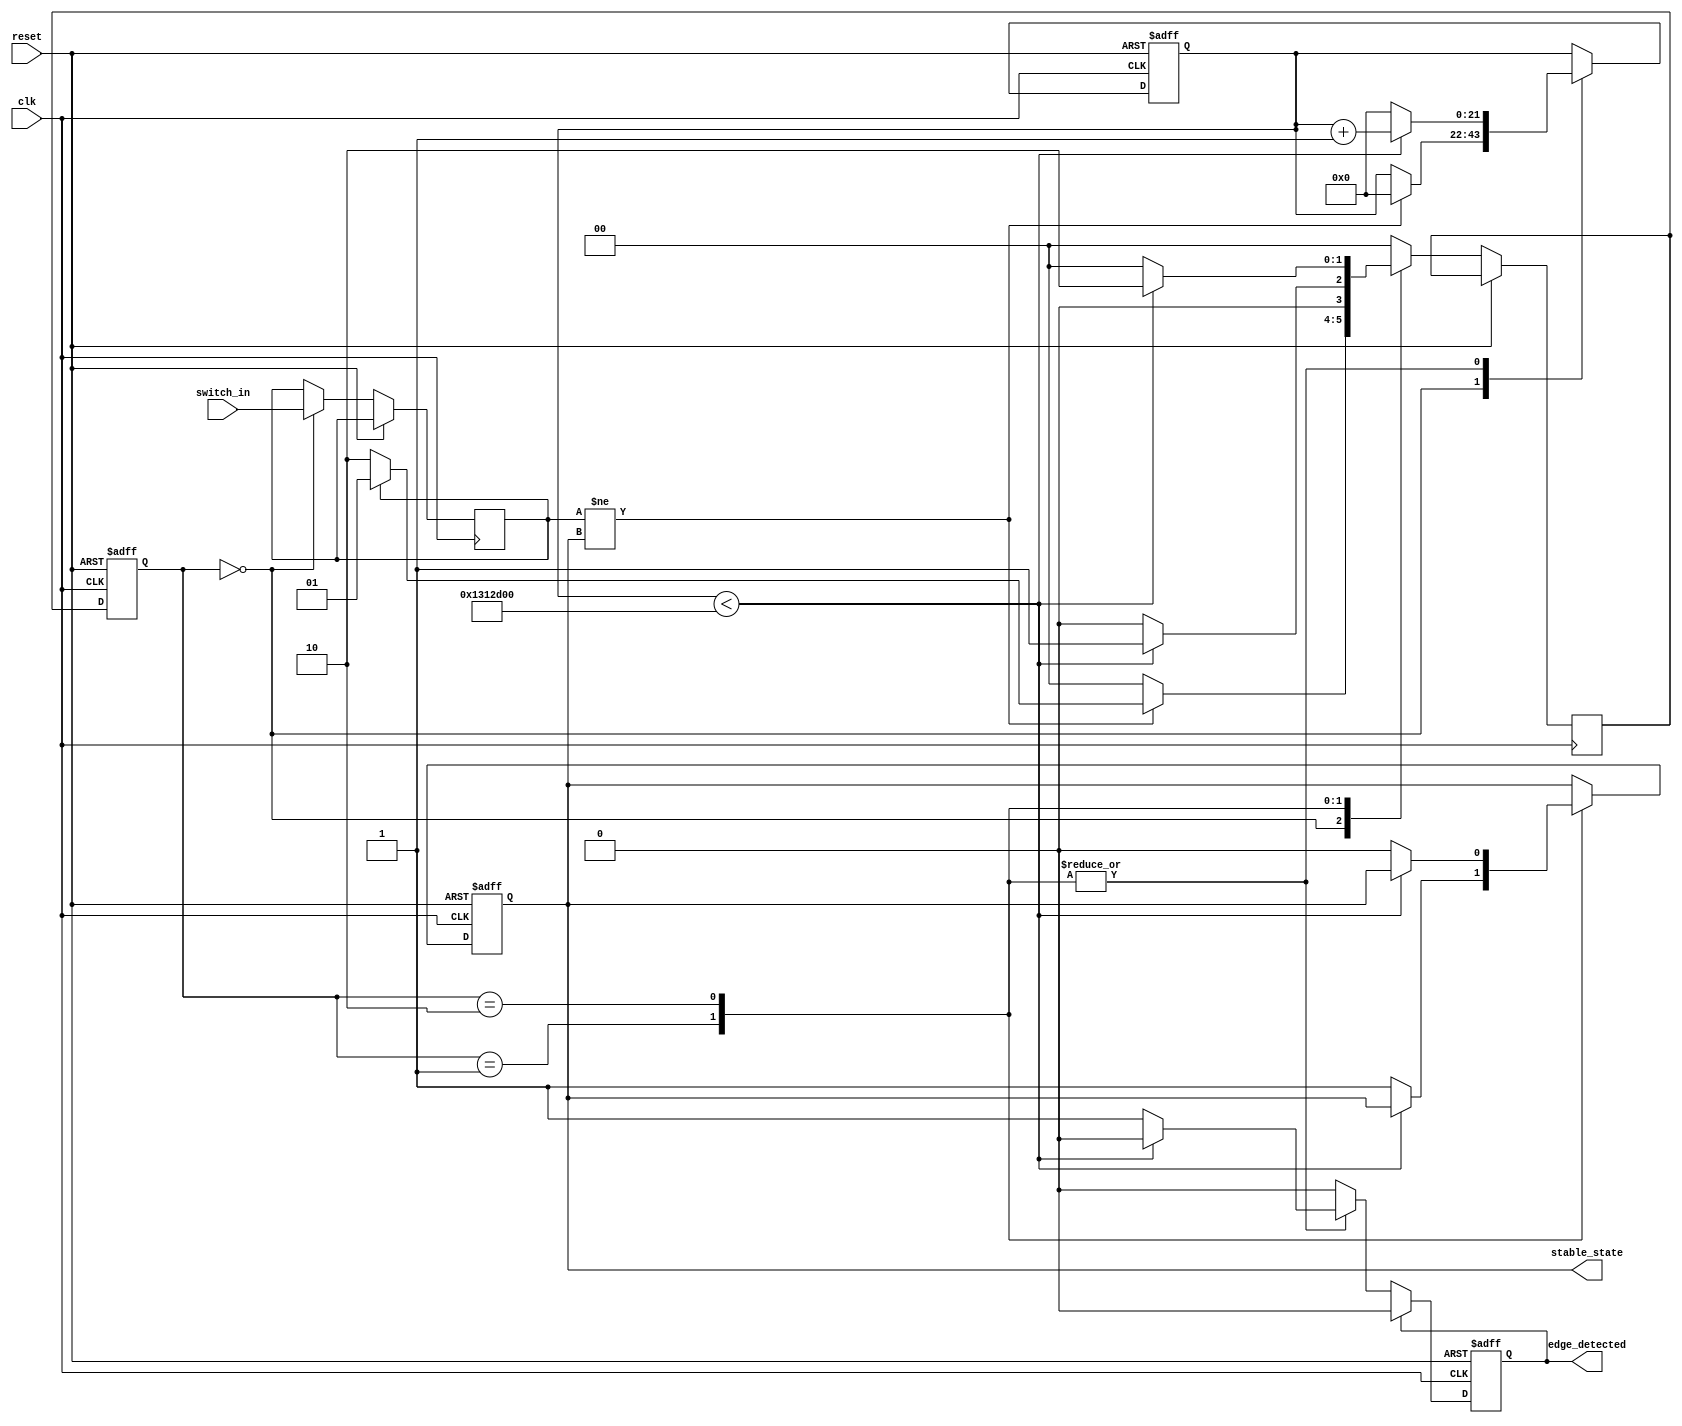
module debounced_edge_detector (
    input wire clk,               // Clock input
    input wire reset,             // Asynchronous reset
    input wire switch_in,         // Raw switch input
    output reg edge_detected,     // Detected edge output
    output reg stable_state        // Stable output state of switch
);

    // Parameters
    parameter DEBOUNCE_TIME = 20_000_000; // Adjust based on clock frequency (e.g., 20ms for 1 MHz clock)

    // Internal signals
    reg [21:0] counter;             // Counter for debounce timing
    reg [1:0] state;                // State for FSM
    reg [1:0] next_state;           // Next state for FSM
    reg sample;                     // Sampled state of the switch

    // State encoding
    localparam IDLE        = 2'b00; // Initial state
    localparam WAIT_HIGH   = 2'b01; // Waiting for stable high
    localparam WAIT_LOW    = 2'b10; // Waiting for stable low

    // Edge detection logic
    always @(posedge clk or posedge reset) begin
        if (reset) begin
            counter <= 0;
            state <= IDLE;
            stable_state <= 0;
            edge_detected <= 0;
        end else begin
            case (state)
                IDLE: begin
                    sample <= switch_in;
                    if (sample != stable_state) begin
                        counter <= 0;
                        if (sample) 
                            next_state <= WAIT_HIGH; // Switch is pressed
                        else 
                            next_state <= WAIT_LOW;  // Switch is released
                    end else begin
                        next_state <= IDLE; // Remain in IDLE if state is stable
                    end
                end

                WAIT_HIGH: begin
                    counter <= counter + 1;
                    if (counter < DEBOUNCE_TIME) begin
                        next_state <= WAIT_HIGH; // Continue waiting
                    end else begin
                        stable_state <= 1; // Update stable state to high
                        edge_detected <= 1; // Edge detected (rising)
                        counter <= 0; // Reset counter
                        next_state <= IDLE; // Return to IDLE
                    end
                end

                WAIT_LOW: begin
                    counter <= counter + 1;
                    if (counter < DEBOUNCE_TIME) begin
                        next_state <= WAIT_LOW; // Continue waiting
                    end else begin
                        stable_state <= 0; // Update stable state to low
                        edge_detected <= 1; // Edge detected (falling)
                        counter <= 0; // Reset counter
                        next_state <= IDLE; // Return to IDLE
                    end
                end

                default: next_state <= IDLE; // Default state
            endcase

            // Update current state
            state <= next_state;

            // Reset edge detection signal after one clock cycle
            if (edge_detected) begin
                edge_detected <= 0; // Clear edge detected after processing
            end
        end
    end
endmodule